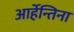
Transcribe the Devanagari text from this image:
आर्हेन्तिना